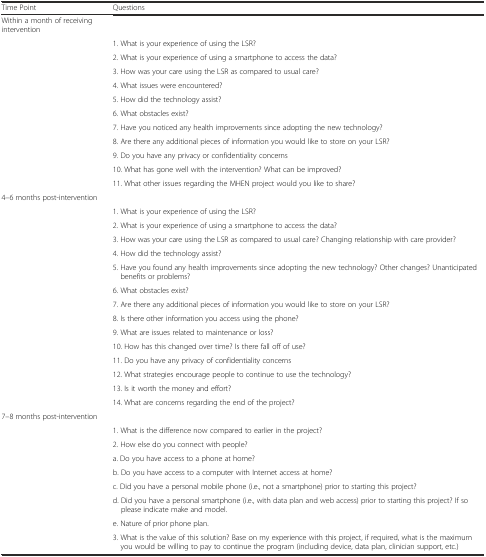
| Time Point | Questions |
 | --- | --- |
 | Within a month of receiving intervention |  |
 |  | 1. What is your experience of using the LSR? |
 |  | 2. What is your experience of using a smartphone to access the data? |
 |  | 3. How was your care using the LSR as compared to usual care? |
 |  | 4. What issues were encountered? |
 |  | 5. How did the technology assist? |
 |  | 6. What obstacles exist? |
 |  | 7. Have you noticed any health improvements since adopting the new technology? |
 |  | 8. Are there any additional pieces of information you would like to store on your LSR? |
 |  | 9. Do you have any privacy or confidentiality concerns |
 |  | 10. What has gone well with the intervention? What can be improved? |
 |  | 11. What other issues regarding the MHEN project would you like to share? |
 | 4–6 months post-intervention |  |
 |  | 1. What is your experience of using the LSR? |
 |  | 2. What is your experience of using a smartphone to access the data? |
 |  | 3. How was your care using the LSR as compared to usual care? Changing relationship with care provider? |
 |  | 4. How did the technology assist? |
 |  | 5. Have you found any health improvements since adopting the new technology? Other changes? Unanticipated benefits or problems? |
 |  | 6. What obstacles exist? |
 |  | 7. Are there any additional pieces of information you would like to store on your LSR? |
 |  | 8. Is there other information you access using the phone? |
 |  | 9. What are issues related to maintenance or loss? |
 |  | 10. How has this changed over time? Is there fall off of use? |
 |  | 11. Do you have any privacy of confidentiality concerns |
 |  | 12. What strategies encourage people to continue to use the technology? |
 |  | 13. Is it worth the money and effort? |
 |  | 14. What are concerns regarding the end of the project? |
 | 7–8 months post-intervention |  |
 |  | 1. What is the difference now compared to earlier in the project? |
 |  | 2. How else do you connect with people? |
 |  | a. Do you have access to a phone at home? |
 |  | b. Do you have access to a computer with Internet access at home? |
 |  | c. Did you have a personal mobile phone (i.e., not a smartphone) prior to starting this project? |
 |  | d. Did you have a personal smartphone (i.e., with data plan and web access) prior to starting this project? If so please indicate make and model. |
 |  | e. Nature of prior phone plan. |
 |  | 3. What is the value of this solution? Base on my experience with this project, if required, what is the maximum you would be willing to pay to continue the program (including device, data plan, clinician support, etc.) |